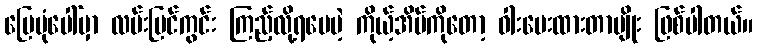
မြေပုံပေါ်မှာ လမ်းမြင်ကွင်း ကြည့်လို့ရပေမဲ့ ကိုယ့်အိမ်ကိုတော့ ဝါးပေးထားတာမျိုး ဖြစ်ပါတယ်။